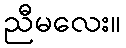
ညီမလေး။